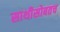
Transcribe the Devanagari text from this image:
साथीसोबतच